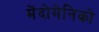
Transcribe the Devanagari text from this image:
मेंदोमेनिको